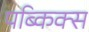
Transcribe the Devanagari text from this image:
पब्किक्स